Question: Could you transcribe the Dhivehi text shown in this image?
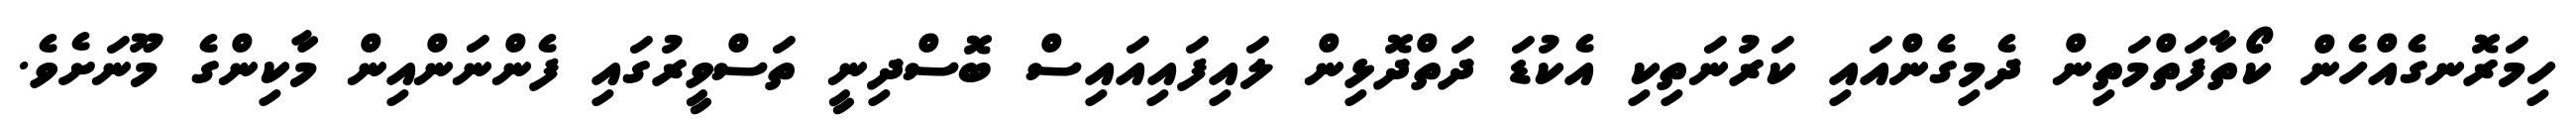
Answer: ހިމަރޮނގެއްހެން ކޯތާފަތްމަތިން ދެމިގެންއައި ކަރުނަތިކި އެކުޑަ ދަތްދޮޅިން ލައިފައިއައިސް ބޮސްދިނީ ތަސްވީރުގައި ފެންނަންއިން މާކިންގެ މޫނަށެވެ.